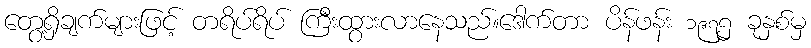
တွေ့ရှိချက်များဖြင့် တရိပ်ရိပ် ကြီးထွားလာနေသည်။ဒေါက်တာ ပိန်ဖန်း ၁၉၇၅ ခုနှစ်မှ